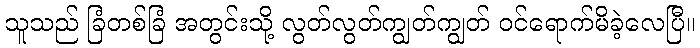
သူသည် ခြံတစ်ခြံ အတွင်းသို့ လွတ်လွတ်ကျွတ်ကျွတ် ဝင်ရောက်မိခဲ့လေပြီ။